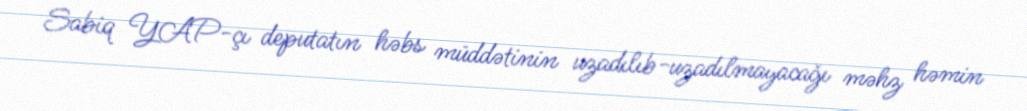
Sabiq YAP-çı deputatın həbs müddətinin uzadılıb-uzadılmayacağı məhz həmin